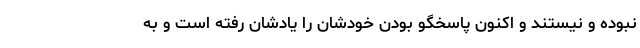
نبوده و نیستند و اکنون پاسخگو بودن خودشان را یادشان رفته است و به